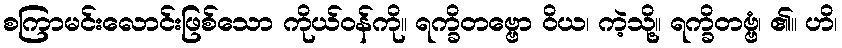
စကြာမင်းလောင်းဖြစ်သော ကိုယ်ဝန်ကို။ ရက္ခိတဗ္ဗော ဝိယ၊ ကဲ့သို့။ ရက္ခိတဗ္ဗံ၊ ၏။ ဟိ၊